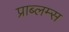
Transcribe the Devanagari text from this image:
प्राब्लम्स